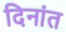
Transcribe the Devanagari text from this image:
दिनांत